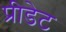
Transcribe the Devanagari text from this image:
प्रीडेट